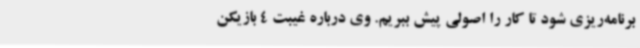
برنامه‌ریزی شود تا کار را اصولی پیش ببریم. وی درباره غیبت 4 بازیکن